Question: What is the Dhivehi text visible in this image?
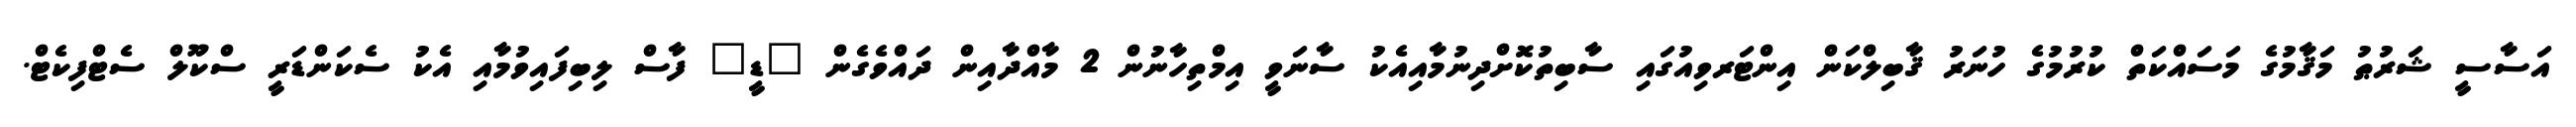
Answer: އަސާސީ ޝަރުޠު މަޤާމުގެ މަސައްކަތް ކުރުމުގެ ހުނަރު ޤާބިލްކަން އިންޓަރވިއުގައި ސާބިތުކޮށްދިނުމާއިއެކު ސާނަވީ އިމްތިހާނުން 2 މާއްދާއިން ދައްވެގެން "ޑީ" ފާސް ލިބިފައިވުމާއި އެކު ސެކަންޑަރީ ސްކޫލް ސެޓްފިކެޓް.